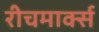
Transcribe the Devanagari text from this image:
रीचमार्क्स